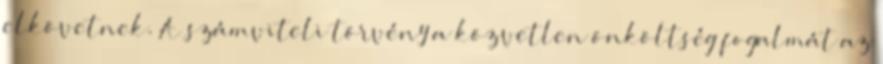
elkövetnek. A számviteli törvény a közvetlen önköltség fogalmát az